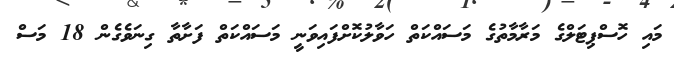
މައި ހޮސްޕިޓަލްގެ މަރާމާތުގެ މަސައްކަތް ހަވާލުކޮށްފައިވަނީ މަސައްކަތް ފަށާތާ ގިނަވެގެން 18 މަސް